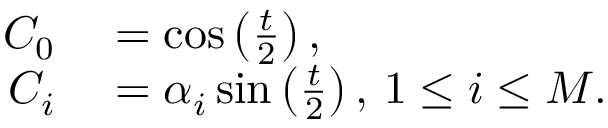
\begin{array} { r l } { C _ { 0 } } & { { } = \cos \left( \frac { t } { 2 } \right) , } \\ { C _ { i } } & { { } = \alpha _ { i } \sin \left( \frac { t } { 2 } \right) , \, 1 \le i \le M . } \end{array}